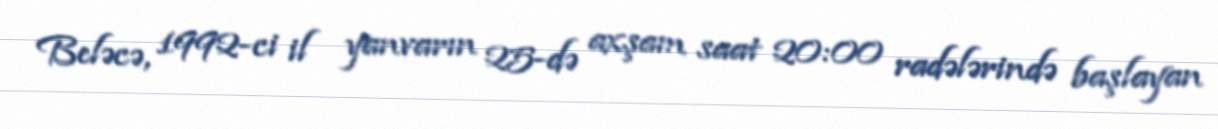
Beləcə, 1992-ci il yanvarın 25-də axşam saat 20:00 radələrində başlayan